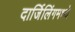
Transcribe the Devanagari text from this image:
दार्जिलिंगमध्ये